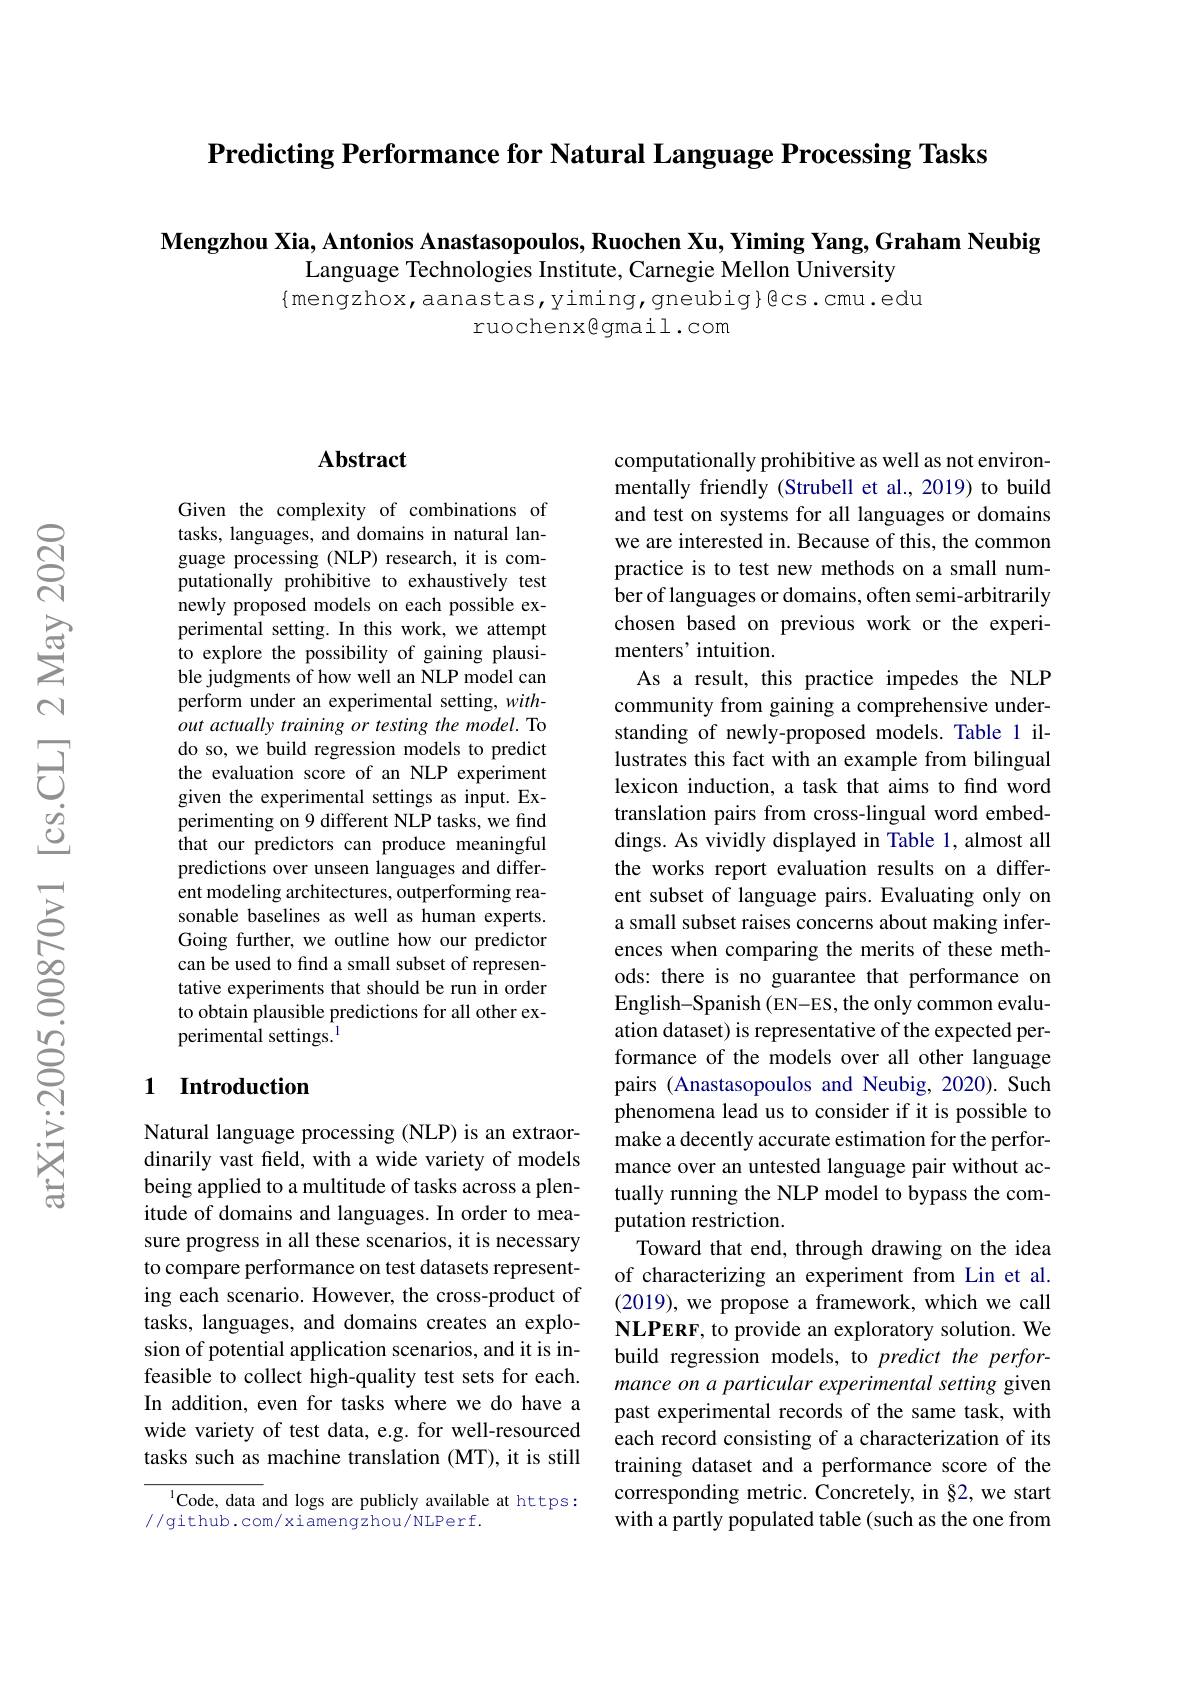
$\textbf{Predicting Performance for Natural Language Processing Tasks}$

Mengzhou Xia, Antonios Anastasopoulos, Ruochen Xu, Yiming Yang, Graham Neubig

Language Technologies Institute, Carnegie Mellon University

$\{$mengzhox,aanastas,yiming,gneubig}@cs.cmu.edu
ruochenxêgmail.com

### $\mathbf{Abstract}$

Given the complexity of combinations of tasks, languages, and domains in natural language processing (NLP) research, it is computationally prohibitive to exhaustively test newly proposed models on each possible experimental setting. In this work, we attempt to explore the possibility of gaining plausible judgments of how well an NLP model can perform under an experimental setting, without actually training or testing the model. To do so, we build regression models to predict the evaluation score of an NLP experiment given the experimental settings as input. Experimenting on 9 different NLP tasks, we find that our predictors can produce meaningful predictions over unseen languages and different modeling architectures, outperforming reasonable baselines as well as human experts. Going further, we outline how our predictor can be used to find a small subset of representative experiments that should be run in order to obtain plausible predictions for all other experimental settings.$^{\mathrm{l}}$

## 1 Introduction

Natural language processing (NLP) is an extraordinarily vast feld, with a wide variety of models being applied to a multitude of tasks across a plenitude of domains and languages. In order to measure progress in all these scenarios, it is necessary to compare performance on test datasets representing each scenario. However, the cross-product of tasks, languages, and domains creates an explosion of potential application scenarios, and it is infeasible to collect high-quality test sets for each. In addition, even for tasks where we do have a wide variety of test data, e.g. for well-resourced tasks such as machine translation (MT), it is still

$^{1}$Code, data and logs are publicly available at https:
//github.com/xiamengzhou/NLPerf.

computationally prohibitive as well as not environmentally friendly (Strubell et al., 2019) to build and test on systems for all languages or domains we are interested in. Because of this, the common practice is to test new methods on a small number of languages or domains, often semi-arbitrarily chosen based on previous work or the experimenters' intuition.
As a result, this practice impedes the NLP community from gaining a comprehensive understanding of newly-proposed models. Table 1 illustrates this fact with an example from bilingual lexicon induction, a task that aims to find word translation pairs from cross-lingual word embeddings. As vividly displayed in Table 1, almost all the works report evaluation results on a different subset of language pairs. Evaluating only on a small subset raises concerns about making inferences when comparing the merits of these methods: there is no guarantee that performance on English-Spanish (EN-ES, the only common evaluation dataset) is representative of the expected performance of the models over all other language pairs (Anastasopoulos and Neubig, 2020). Such phenomena lead us to consider if it is possible to make a decently accurate estimation for the performance over an untested language pair without actually running the NLP model to bypass the computation restriction.
Toward that end, through drawing on the idea of characterizing an experiment from Lin et al. (2019), we propose a framework, which we call NLPERF, to provide an exploratory solution. We build regression models, to predict the performance on a particular experimental setting given past experimental records of the same task, with each record consisting of a characterization of its training dataset and a performance score of the corresponding metric. Concretely, in §2, we start with a partly populated table (such as the one from